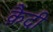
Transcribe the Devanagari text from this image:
कै़दी